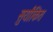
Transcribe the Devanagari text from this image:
सुर्यांकित